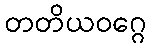
တတိယဝဂ္ဂေ